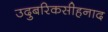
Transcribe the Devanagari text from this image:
उदुबरिकसीहनाद